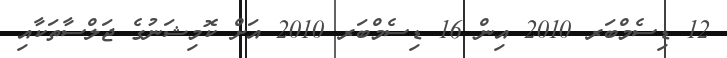
12 ޑިސެމްބަރ 2010 އިން 16 ޑިސެމްބަރ 2010 އަށް ކޮމިޝަނުގެ ޖަލްސާތަކާއި